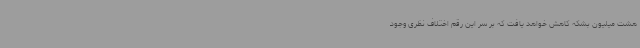
هشت میلیون بشکه کاهش خواهد یافت که بر سر این رقم اختلاف نظری وجود